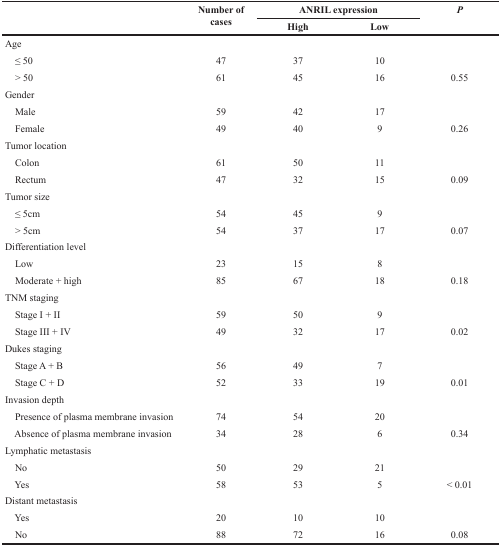
<table><thead><tr><td rowspan="2"></td><td rowspan="2"><b>Number of cases</b></td><td colspan="2"><b>ANRIL expression</b></td><td rowspan="2"><b><i>P</i></b></td></tr><tr><td><b>High</b></td><td><b>Low</b></td></tr></thead><tbody><tr><td>Age</td><td></td><td></td><td></td><td></td></tr><tr><td> ≤ 50</td><td>47</td><td>37</td><td>10</td><td></td></tr><tr><td> &gt; 50</td><td>61</td><td>45</td><td>16</td><td>0.55</td></tr><tr><td>Gender</td><td></td><td></td><td></td><td></td></tr><tr><td> Male</td><td>59</td><td>42</td><td>17</td><td></td></tr><tr><td> Female</td><td>49</td><td>40</td><td>9</td><td>0.26</td></tr><tr><td>Tumor location</td><td></td><td></td><td></td><td></td></tr><tr><td> Colon</td><td>61</td><td>50</td><td>11</td><td></td></tr><tr><td> Rectum</td><td>47</td><td>32</td><td>15</td><td>0.09</td></tr><tr><td>Tumor size</td><td></td><td></td><td></td><td></td></tr><tr><td> ≤ 5cm</td><td>54</td><td>45</td><td>9</td><td></td></tr><tr><td> &gt; 5cm</td><td>54</td><td>37</td><td>17</td><td>0.07</td></tr><tr><td>Differentiation level</td><td></td><td></td><td></td><td></td></tr><tr><td> Low</td><td>23</td><td>15</td><td>8</td><td></td></tr><tr><td> Moderate + high</td><td>85</td><td>67</td><td>18</td><td>0.18</td></tr><tr><td>TNM staging</td><td></td><td></td><td></td><td></td></tr><tr><td> Stage I + II</td><td>59</td><td>50</td><td>9</td><td></td></tr><tr><td> Stage III + IV</td><td>49</td><td>32</td><td>17</td><td>0.02</td></tr><tr><td>Dukes staging</td><td></td><td></td><td></td><td></td></tr><tr><td> Stage A + B</td><td>56</td><td>49</td><td>7</td><td></td></tr><tr><td> Stage C + D</td><td>52</td><td>33</td><td>19</td><td>0.01</td></tr><tr><td>Invasion depth</td><td></td><td></td><td></td><td></td></tr><tr><td> Presence of plasma membrane invasion</td><td>74</td><td>54</td><td>20</td><td></td></tr><tr><td> Absence of plasma membrane invasion</td><td>34</td><td>28</td><td>6</td><td>0.34</td></tr><tr><td>Lymphatic metastasis</td><td></td><td></td><td></td><td></td></tr><tr><td> No</td><td>50</td><td>29</td><td>21</td><td></td></tr><tr><td> Yes</td><td>58</td><td>53</td><td>5</td><td>&lt; 0.01</td></tr><tr><td>Distant metastasis</td><td></td><td></td><td></td><td></td></tr><tr><td> Yes</td><td>20</td><td>10</td><td>10</td><td></td></tr><tr><td> No</td><td>88</td><td>72</td><td>16</td><td>0.08</td></tr></tbody></table>